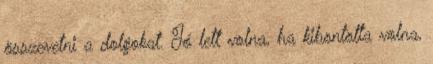
összevetni a dolgokat. Jó lett volna, ha kibontotta volna,